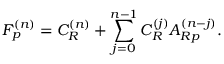
F _ { p } ^ { ( n ) } = C _ { R } ^ { ( n ) } + \sum _ { j = 0 } ^ { n - 1 } C _ { R } ^ { ( j ) } A _ { R p } ^ { ( n - j ) } .